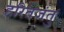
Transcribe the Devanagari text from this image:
हरितजंतु